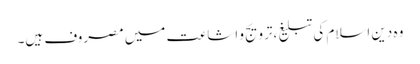
وہ دین اسلام کی تبلیغ،ترویج و اشاعت میں مصروف ہیں۔